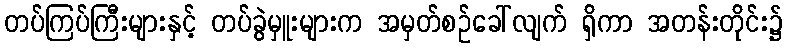
တပ်ကြပ်ကြီးများနှင့် တပ်ခွဲမှူးများက အမှတ်စဉ်ခေါ်လျက် ရှိကာ အတန်းတိုင်း၌